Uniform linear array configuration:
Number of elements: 16
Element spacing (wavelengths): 1
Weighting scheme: cosine
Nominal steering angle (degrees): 15
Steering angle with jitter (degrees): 14.172
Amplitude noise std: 0.05
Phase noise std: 0.05

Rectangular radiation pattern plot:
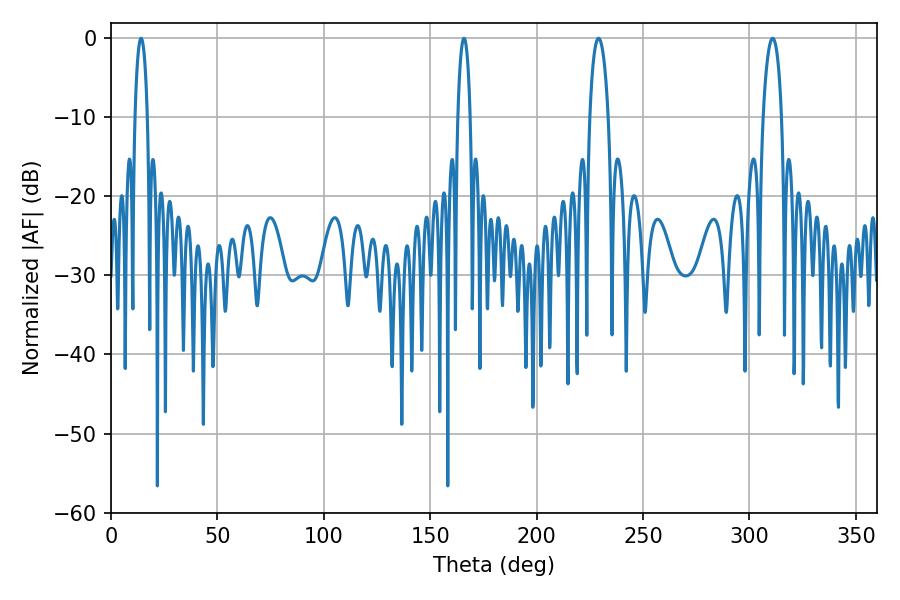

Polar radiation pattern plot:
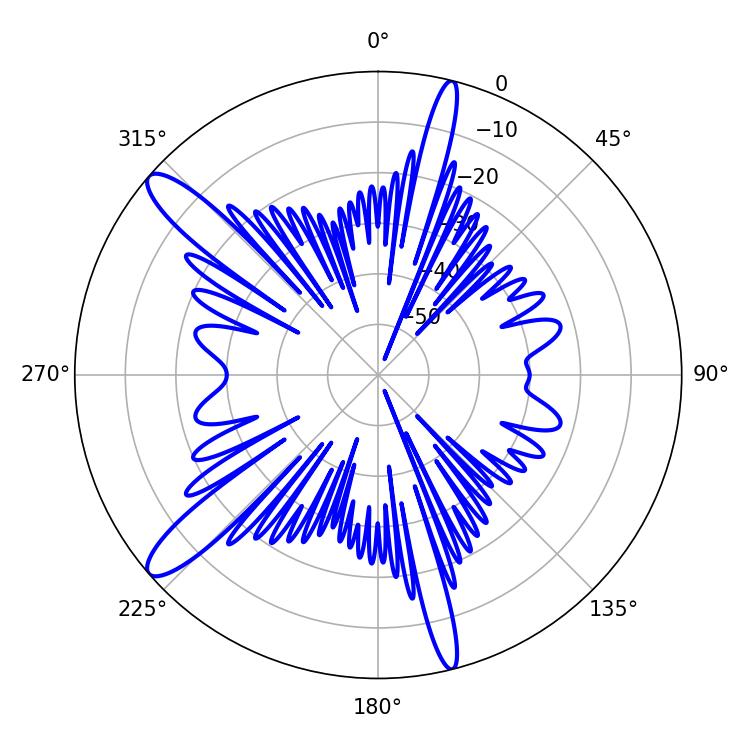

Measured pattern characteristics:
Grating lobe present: TRUE
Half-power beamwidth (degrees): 5.04
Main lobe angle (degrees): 229.14